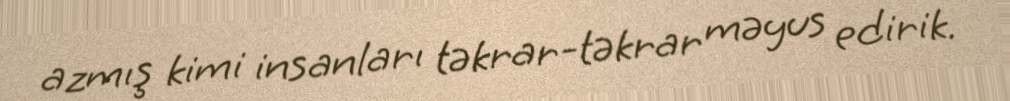
azmış kimi insanları təkrar-təkrar məyus edirik.